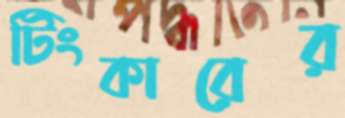
টিংকারের